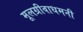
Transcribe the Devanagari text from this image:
मूलग्रीवाधमनी